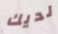
لديك